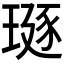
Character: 𪼅